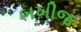
બખીજ